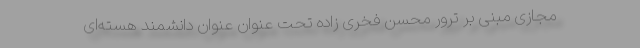
مجازی مبنی بر ترور محسن فخری زاده تحت عنوان عنوان دانشمند هسته‌ای